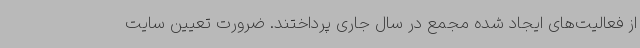
از فعالیت‌های ایجاد شده مجمع در سال جاری پرداختند. ضرورت تعیین سایت